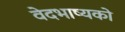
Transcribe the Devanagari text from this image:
वेदभाष्यको